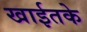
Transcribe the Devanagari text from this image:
खाईतके